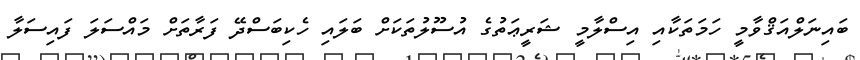
ބައިނަލްއަޤްވާމީ ހަމަތަކާއި އިސްލާމީ ޝަރީޢަތުގެ އުސޫލުތަކަށް ބަލައި ހެކިބަސްދޭ ފަރާތަށް މައްސަލަ ފައިސަލާ